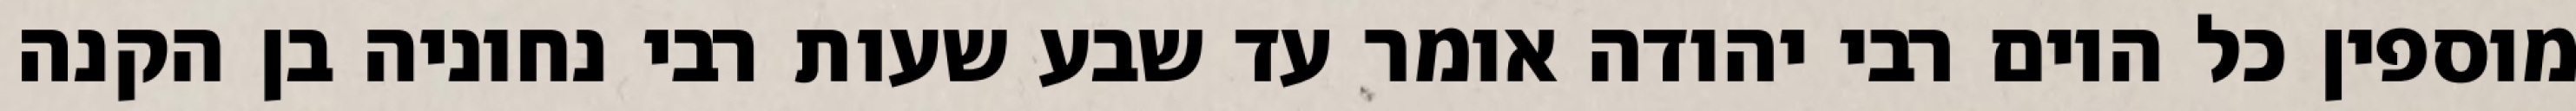
מוספין כל היום רבי יהודה אומר עד שבע שעות רבי נחוניה בן הקנה